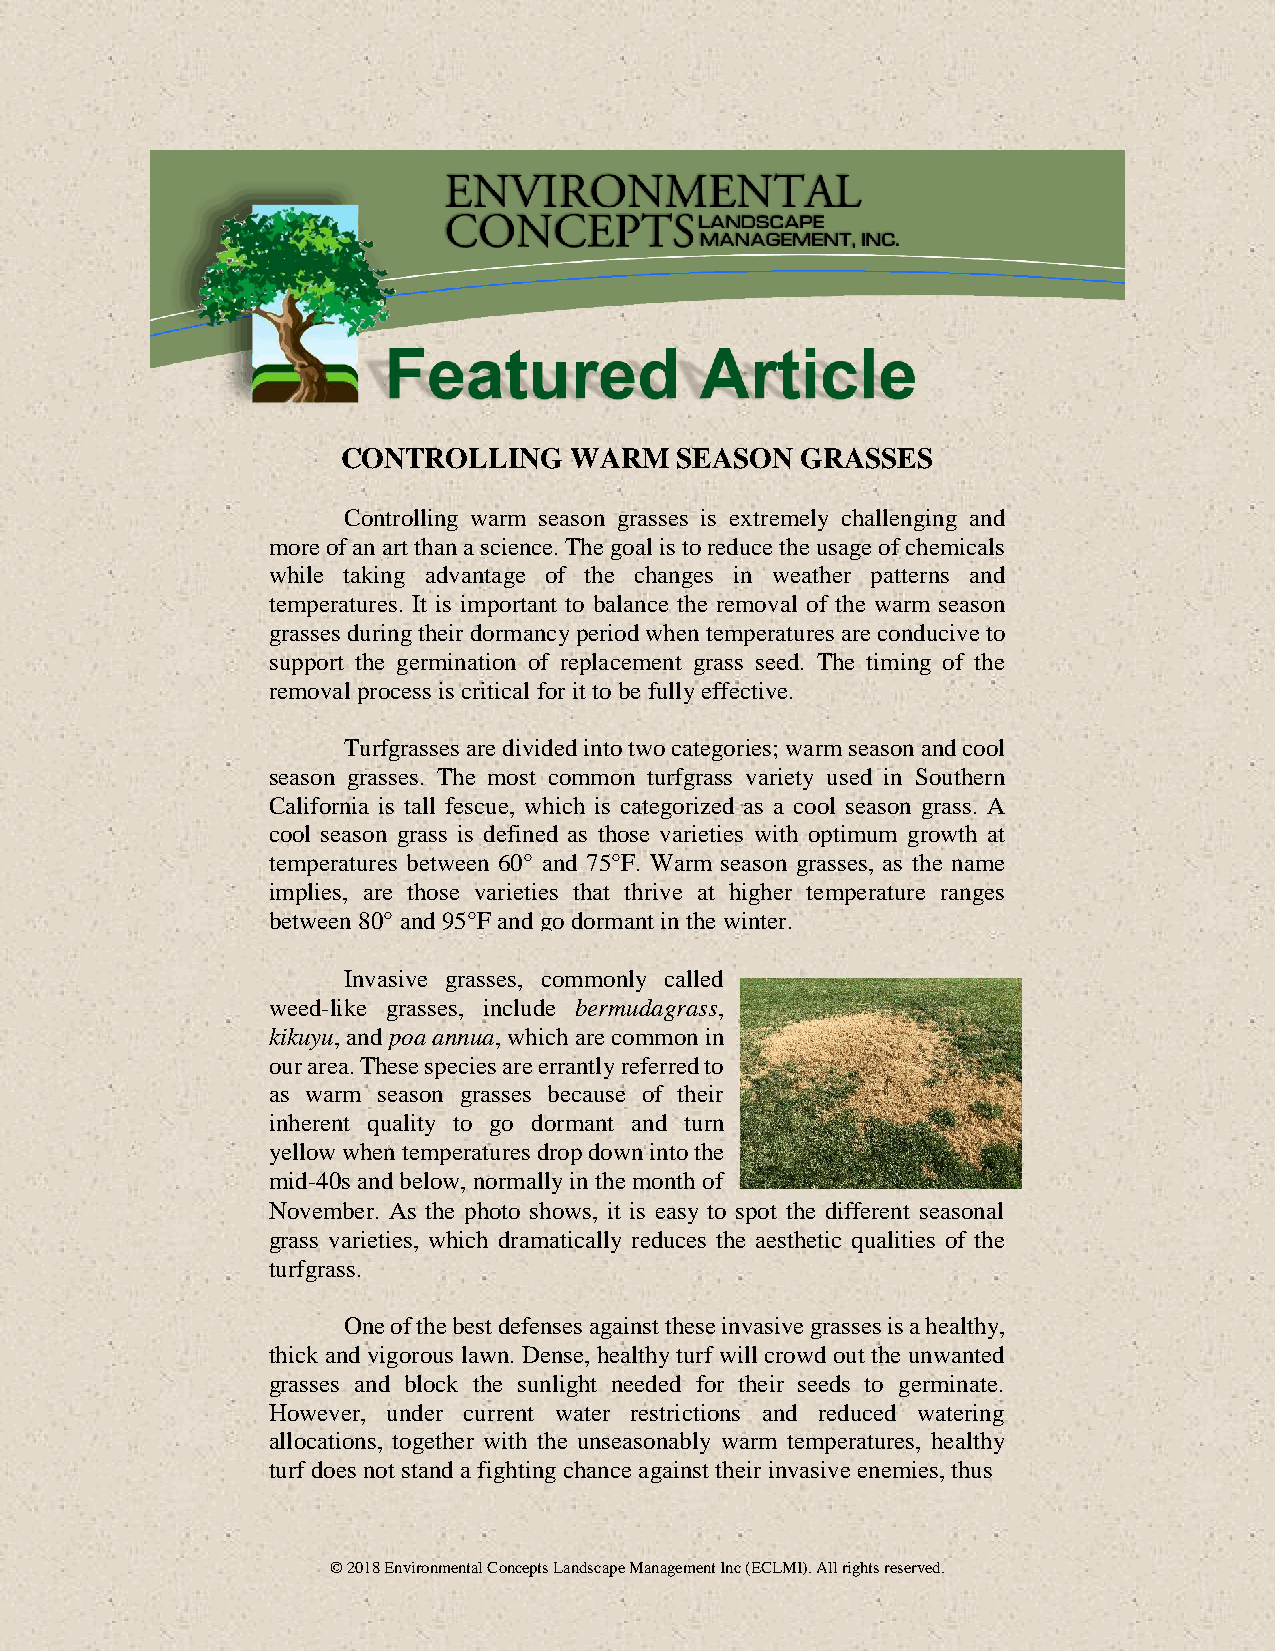
CONTROLLING    WARM   SEASON  GRASSES
 Controlling warm season grasses is extremely challenging and
 more of an art than a science. The goal is to reduce the usage of chemicals
 while taking advantage of the changes in weather patterns and
 temperatures. It is important to balance the removal of the warm season
 grasses during their dormancy period when temperatures are conducive to
 support the germination of replacement grass seed. The timing of the
 removal process is critical for it to be fully effective.
 Turfgrasses are divided into two categories; warm season and cool
 season grasses. The most common turfgrass variety used in Southern
 California is tall fescue, which is categorized as a cool season grass. A
 cool season grass is defined as those varieties with optimum growth at
 temperatures between 60° and 75°F. Warm season grasses, as the name
 implies, are those varieties that thrive at higher temperature ranges
 between 80° and 95°F and go dormant in the winter.
 Invasive grasses, commonly called
 weed-like grasses, include bermudagrass,
 kikuyu, and poa annua, which are common in
 our area. These species are errantly referred to
 as warm season grasses because of their
 inherent quality to go dormant and turn
 yellow when temperatures drop down into the
 mid-40s and below, normally in the month of
 November. As the photo shows, it is easy to spot the different seasonal
 grass varieties, which dramatically reduces the aesthetic qualities of the
 turfgrass.
 One of the best defenses against these invasive grasses is a healthy,
 thick and vigorous lawn. Dense, healthy turf will crowd out the unwanted
 grasses and block the sunlight needed for their seeds to germinate.
 However, under current water restrictions and reduced watering
 allocations, together with the unseasonably warm temperatures, healthy
 turf does not stand a fighting chance against their invasive enemies, thus
 © 2018 Environmental Concepts Landscape Management Inc (ECLMI). All rights reserved.